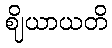
ဈိယာယတိ